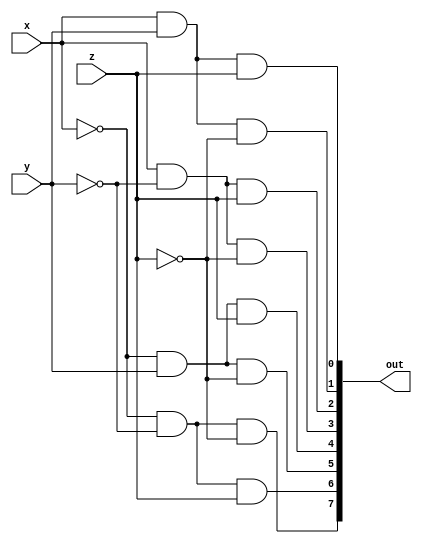
module DECODER(out, x, y, z);
  input x, y, z;
  output  [0:7]out;
  wire  x0, y0, z0;
  not g1(x0, x);
  not g2(y0, y);
  not g3(z0, z);
  and g4(out[0], x0, y0, z0);
  and g5(out[1], x0, y0, z);
  and g6(out[2], x0, y, z0);
  and g7(out[3], x0, y, z);
  and g8(out[4], x, y0, z0);
  and g9(out[5], x, y0, z);
  and g10(out[6], x, y, z0);
  and g11(out[7], x, y, z);
endmodule

module  FADDER(carry, sum, x, y, z);
  input x, y, z;
  output  sum, carry;
  wire  [0:7] d; 
  DECODER dec(d, x, y, z);
  assign  sum = d[1] | d[2] | d[4] | d[7],
          carry = d[3] | d[5] | d[6] | d[7];
endmodule

module FADDER8(carry, sum, A, B, CarryIn);
  input [7:0] A, B;
  input CarryIn;
  output  [7:0]sum;
  output  carry;
  wire  c1, c2, c3, c4, c5, c6, c7;
  FADDER  mod1(c1, sum[0], A[0], B[0], CarryIn);
  FADDER  mod2(c2, sum[1], A[1], B[1], c1);
  FADDER  mod3(c3, sum[2], A[2], B[2], c2);
  FADDER  mod4(c4, sum[3], A[3], B[3], c3);
  FADDER  mod5(c5, sum[4], A[4], B[4], c4);
  FADDER  mod6(c6, sum[5], A[5], B[5], c5);
  FADDER  mod7(c7, sum[6], A[6], B[6], c6);
  FADDER  mod8(carry, sum[7], A[7], B[7], c7);
endmodule

module FADDER32(carry, sum, A, B, CarryIn);
  input [31:0] A, B;
  input CarryIn;
  output  [31:0]sum;
  output  carry;
  wire  c1, c2, c3; 
  FADDER8  mod1(c1, sum[7:0], A[7:0], B[7:0], CarryIn);
  FADDER8  mod2(c2, sum[15:8], A[15:8], B[15:8], c1);
  FADDER8  mod3(c3, sum[23:16], A[23:16], B[23:16], c2);
  FADDER8  mod4(carry, sum[31:24], A[31:24], B[31:24], c3);
endmodule